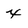
Character: x